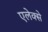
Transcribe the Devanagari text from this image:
एलेक्से